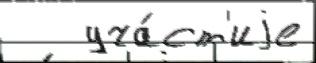
   уча́ст'иjе